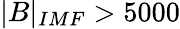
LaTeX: |B|_{IMF}>5000